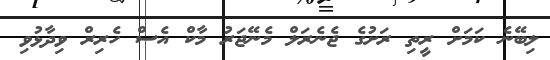
ލިބޭނެ ކަމަށް ރީތި ރަށުގެ ޖެނެރަލް މެނޭޖަރު މާކް އެސް ހެރިރް ވިދާޅުވި